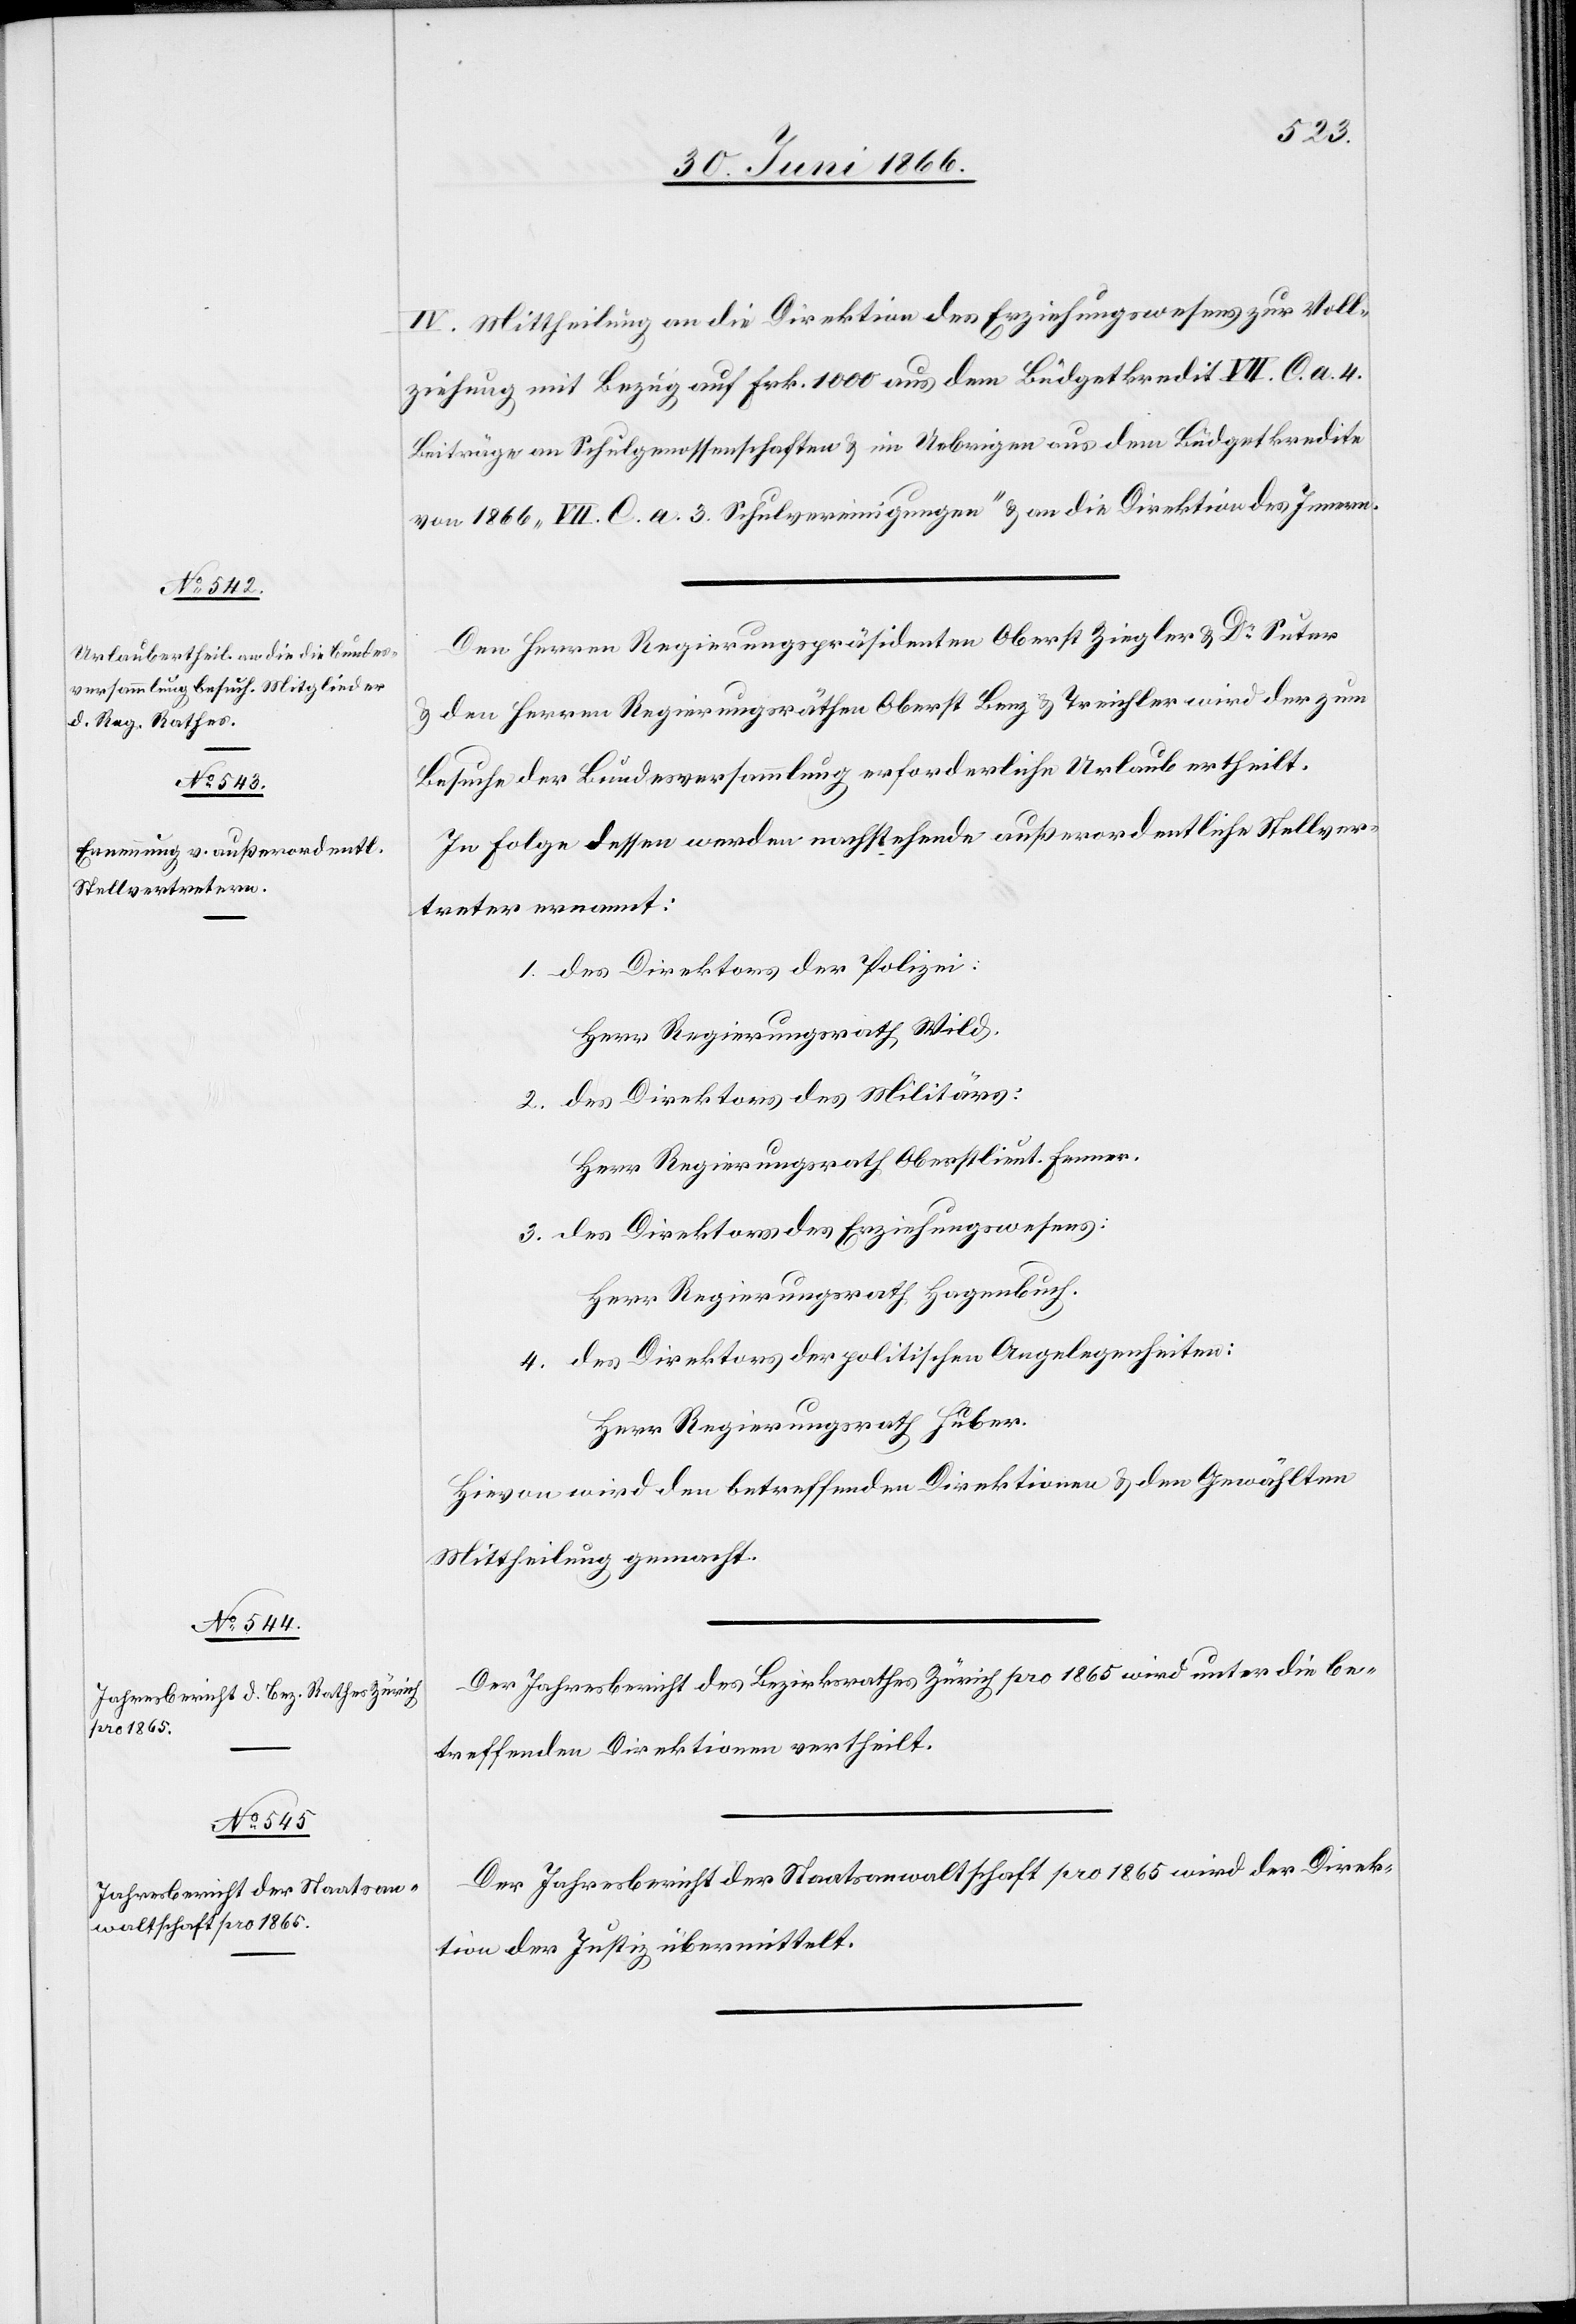
IV. Mittheilung an die Direktion des Erziehungswesens zur Voll¬
ziehung mit Bezug auf Frk. 1000 aus dem Büdgetkredit VII. C. a. 4.
Beiträge an Schulgenossenschaften u. im Uebrigen aus dem Büdgetkredite
von 1866 „VII. C. a. 3. Schulvereinigungen“ u. an die Direktion des Innern.
Den Herren Regierungspräsidenten Oberst Ziegler u. Dr. Suter
u. den Herren Regierungsräthen Oberst Benz u. Treichler wird der zum
Besuche der Bundesversammlung erforderliche Urlaub ertheilt.
In Folge dessen werden nachstehende außerordentliche Stellver¬
treter ernannt:
1. des Direktors der Polizei:
Herr Regierungsrath Wild.
2. des Direktors des Militärs:
Herr Regierungsrath Oberstlieut. Fenner.
3. des Direktors des Erziehungswesens:
Herr Regierungsrath Hagenbuch.
4. des Direktors der politischen Angelegenheiten:
Herr Regierungsrath Huber.
Hievon wird den betreffenden Direktionen u. den Gewählten
Mittheilung gemacht.
Der Jahresbericht des Bezirksrathes Zürich pro 1865 wird unter die be¬
treffenden Direktionen vertheilt.
Der Jahresbericht der Staatsanwaltschaft pro 1865 wird der Direk¬
tion der Justiz übermittelt.